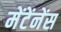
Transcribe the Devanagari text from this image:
मेंटेंनेंस